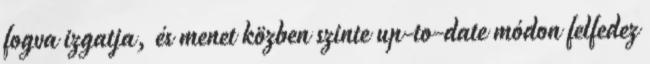
fogva izgatja, és menet közben szinte up-to-date módon felfedez